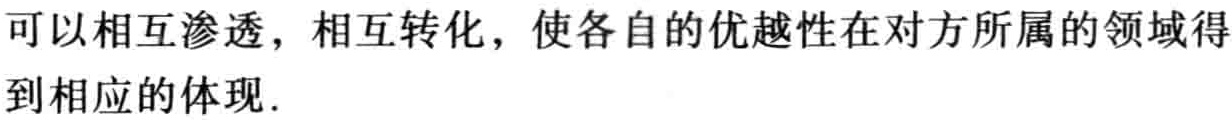
可以相互渗透，相互转化，使各自的优越性在对方所属的领域得到相应的体现.